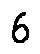
6